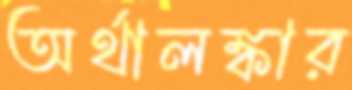
অর্থালঙ্কার